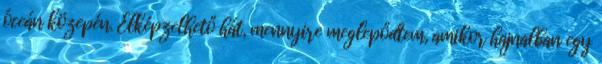
óceán közepén. Elképzelhető hát, mennyire meglepődtem, amikor hajnalban egy